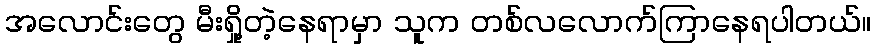
အလောင်းတွေ မီးရှို့တဲ့နေရာမှာ သူက တစ်လလောက်ကြာနေရပါတယ်။